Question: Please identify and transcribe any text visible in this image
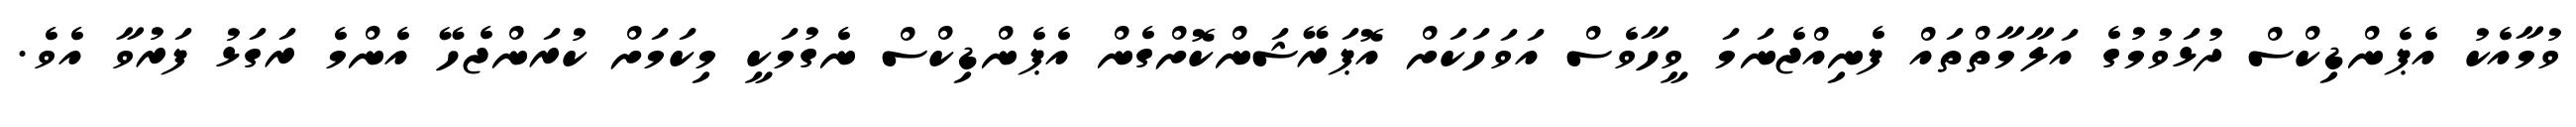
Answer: ވުމާއެކު އެޕެންޑިކްސް ދުޅަވުމުގެ އަލާމާތްތައް ފެނިއްޖެނަމަ ވީހާވެސް އަވަހަކަށް އޮޕަރޭޝަންކޮށްގެން އެޕެންޑިކްސް ނެގުމަކީ މިކަމަށް ކުރަންޖެހޭ އެންމެ ރަގަޅު ފަރުވާ އެވެ.